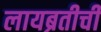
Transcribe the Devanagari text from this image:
लायब्रतीची